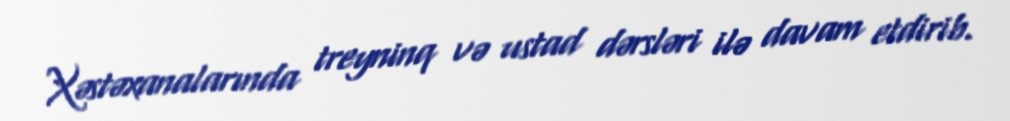
Xəstəxanalarında treyninq və ustad dərsləri ilə davam etdirib.